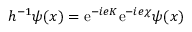
{ h ^ { - 1 } \psi ( x ) = \mathrm { e } ^ { - i e K } \mathrm { e } ^ { - i e \chi } \psi ( x ) }